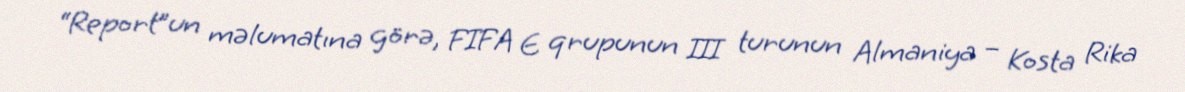
“Report”un məlumatına görə, FIFA E qrupunun III turunun Almaniya – Kosta Rika